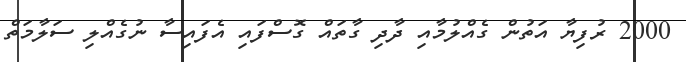
2000 ރުފިޔާ އަތުން ގެއްލުމާއި ދާދި ގާތައް ގޮސްފައި އެފައިސާ ނުގެއްލި ސަލާމަތް